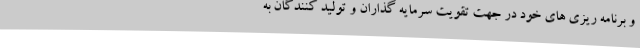
و برنامه ریزی های خود در جهت تقویت سرمایه گذاران و تولید کنندگان به